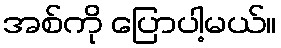
အစ်ကို ပြောပါ့မယ်။